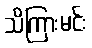
သိကြားမင်း